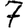
Digit: 7